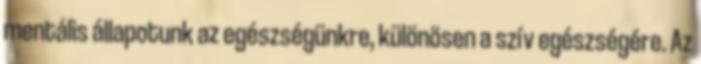
mentális állapotunk az egészségünkre, különösen a szív egészségére. Az